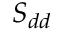
S _ { d d }